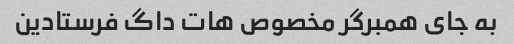
به جای همبرگر مخصوص هات داگ فرستادین